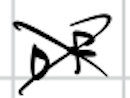
Text: of
Cross-out: mix
Writing tool: digital_black